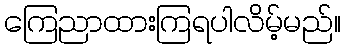
ကြေညာထားကြရပါလိမ့်မည်။